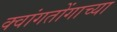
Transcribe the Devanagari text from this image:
क्वांगतोंगाच्या